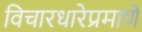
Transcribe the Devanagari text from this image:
विचारधारेप्रमाणे